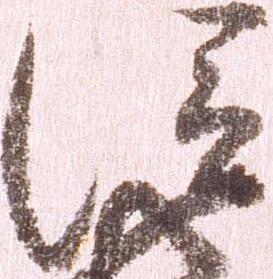
信